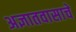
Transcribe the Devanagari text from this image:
अज्ञातवासाचे